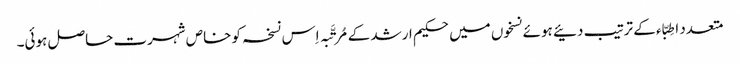
متعدد اطِبّاء کے ترتیب دئیے ہوئے نسخوں میں حکیم ارشد کے مُرتَّبہ اِس نسخہ کو خاص شہرت حاصل ہوئی۔